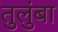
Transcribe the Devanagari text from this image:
तुलुंबा